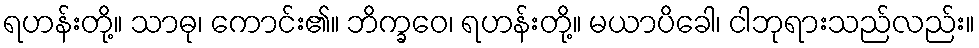
ရဟန်းတို့။ သာဓု၊ ကောင်း၏။ ဘိက္ခဝေ၊ ရဟန်းတို့။ မယာပိခေါ၊ ငါဘုရားသည်လည်း။